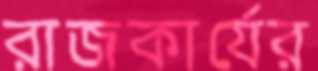
রাজকার্যের